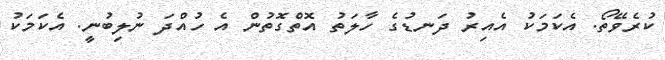
ކުރެވޭތޯ. އެކަމަކު އެއިރު ދަނޑުގެ ހާލަތު އޮތްގޮތުން އެ ހުއްދަ ނުލިބުނީ. އެކަމަކު